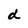
Character: d